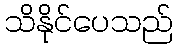
သိနိုင်ပေသည်